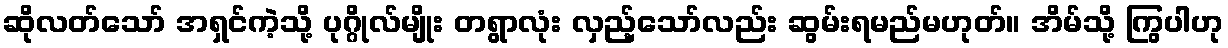
ဆိုလတ်သော် အရှင်ကဲ့သို့ ပုဂ္ဂိုလ်မျိုး တရွာလုံး လှည့်သော်လည်း ဆွမ်းရမည်မဟုတ်။ အိမ်သို့ ကြွပါဟု